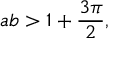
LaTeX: a b > 1 + { \frac { 3 \pi } { 2 } } ,